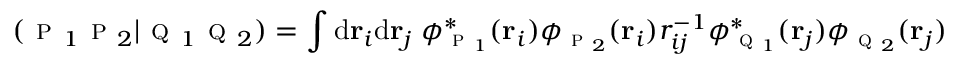
( \textsc { p } _ { 1 } \textsc { p } _ { 2 } | \textsc { q } _ { 1 } \textsc { q } _ { 2 } ) = \int \mathrm { d } \mathbf { r } _ { i } \mathrm { d } \mathbf { r } _ { j } \; \phi _ { \textsc { p } _ { 1 } } ^ { * } ( \mathbf { r } _ { i } ) \phi _ { \textsc { p } _ { 2 } } ( \mathbf { r } _ { i } ) r _ { i j } ^ { - 1 } \phi _ { \textsc { q } _ { 1 } } ^ { * } ( \mathbf { r } _ { j } ) \phi _ { \textsc { q } _ { 2 } } ( \mathbf { r } _ { j } )